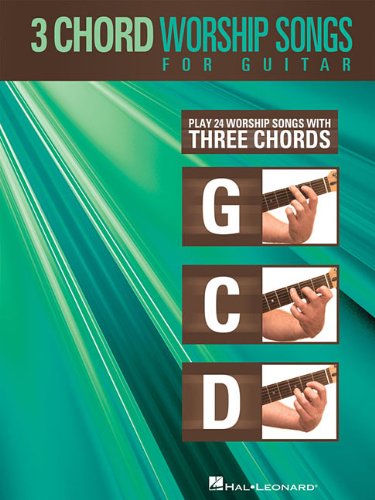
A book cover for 3-Chord Worship Songs for Guitar: Play 24 Worship Songs with Three Chords: G-C-D; Christian Books & Bibles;